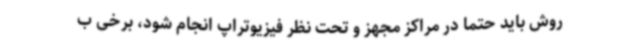
روش باید حتما در مراکز مجهز و تحت نظر فیزیوتراپ انجام شود، برخی ب